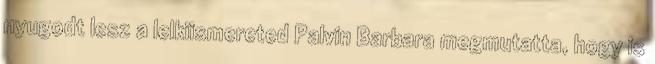
nyugodt lesz a lelkiismereted Palvin Barbara megmutatta, hogy is